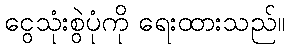
ငွေသုံးစွဲပုံကို ရေးထားသည်။